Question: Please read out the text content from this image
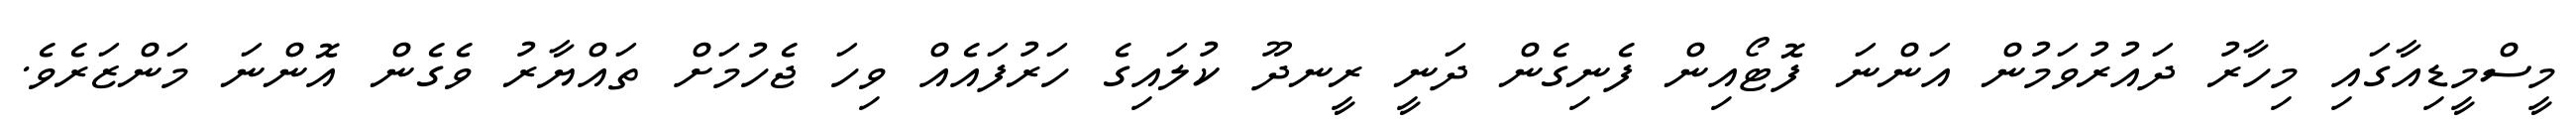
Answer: މީސްމީޑިއާގައި މިހާރު ދައުރުވަމުން އަންނަ ފޮޓޯއިން ފެނިގެން ދަނީ ރީނދޫ ކުލައިގެ ހަރުފައެއް ވިހަ ޖެހުމަށް ތައްޔާރު ވެގެން އޮންނަ މަންޒަރެވެ.